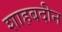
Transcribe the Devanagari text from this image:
शाहबदीन